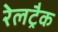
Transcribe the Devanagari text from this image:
रेलट्रैक